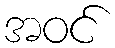
အဝင်